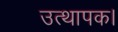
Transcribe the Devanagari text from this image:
उत्थापक।